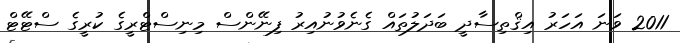
2011 ވަނަ އަހަރު އިޤްތިސާދީ ބަދަލުތައް ގެނެވުނުއިރު ފިނޭންސް މިނިސްޓްރީގެ ކުރީގެ ސްޓޭޓް